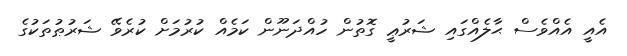
އެއީ އެއްވެސް ޙާލެއްގައި ޝަރުޢީ ގޮތުން ހުއްދަނޫން ކަމެއް ކުރުމަށް ކުރެވޭ ޝަރުޠުތަކުގެ